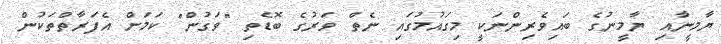
ޔާމީނާއި ޔާމީނުގެ ބައިވެރިންނަކީ މިގައުމުގައި ނެތް ވަރުގެ ބޮޑެތި "ވަގުން" ކަމަށް އެފަރާތްތަކުން